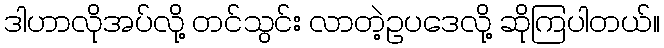
ဒါဟာလိုအပ်လို့ တင်သွင်း လာတဲ့ဥပဒေလို့ ဆိုကြပါတယ်။